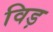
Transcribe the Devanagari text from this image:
विड़